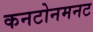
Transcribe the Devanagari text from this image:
कनटोनमनट